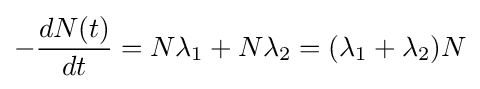
-{\frac {dN(t)}{dt}}=N\lambda _{1}+N\lambda _{2}=(\lambda _{1}+\lambda _{2})N